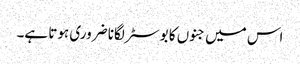
اس میں جنوں کا بوسٹر لگانا ضروری ہوتا ہے۔